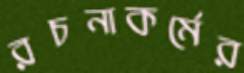
রচনাকর্মের